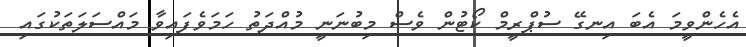
އެހެންވީމަ އެބަ އިނގޭ ސުޕްރީމް ކޯޓުން ވެސް މިބުނަނީ މުއްދަތު ހަމަވެފައިވާ މައްސަލަތަކުގައި